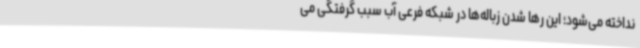
نداخته می‌شود؛ این رها شدن زباله‌ها در شبکه فرعی آب سبب گرفتگی می